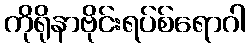
ကိုရိုနာဗိုင်းရပ်စ်ရောဂါ